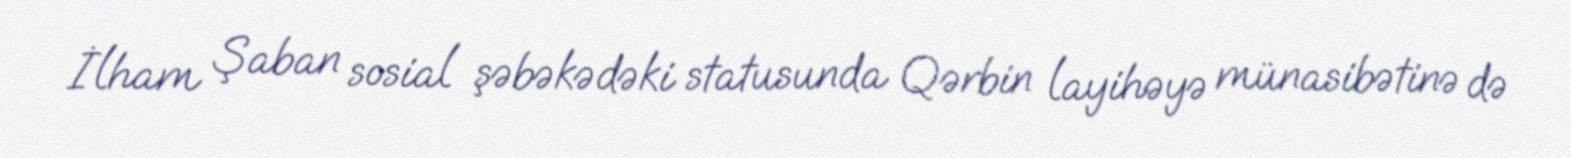
İlham Şaban sosial şəbəkədəki statusunda Qərbin layihəyə münasibətinə də